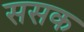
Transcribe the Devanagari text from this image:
ससक